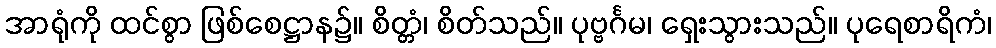
အာရုံကို ထင်စွာ ဖြစ်စေဋ္ဌာန၌။ စိတ္တံ၊ စိတ်သည်။ ပုဗ္ဗင်္ဂမ၊ ရှေးသွားသည်။ ပုရေစာရိကံ၊